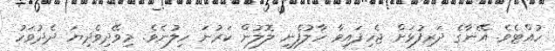
ހުއްޓެވެ. އޭނާގެ ދަރިފުޅަށް ޖެހިފައިވާ ހާލުފެނި ލޮލުން ކަރުނަ ހިލުނެވެ. މިވޭދިވެދިޔަ ދެދުވަހު